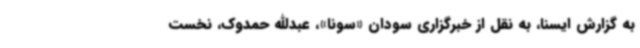
به گزارش ایسنا، به نقل از خبرگزاری سودان «سونا»، عبدالله حمدوک، نخست